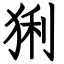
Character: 猁